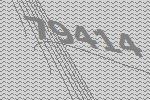
79414